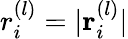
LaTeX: r_{i}^{(l)}=|{\mathbf r}_{i}^{(l)}|